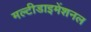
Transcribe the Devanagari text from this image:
मल्टीडाइमेंशनल